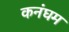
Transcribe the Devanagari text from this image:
कनंघम